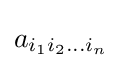
a_{i_{1}i_{2}...i_{n}}